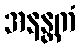
အနန္တကံ